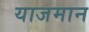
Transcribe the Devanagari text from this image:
याजमान